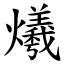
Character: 爔